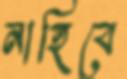
নাহিবে